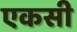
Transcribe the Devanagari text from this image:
एकसी